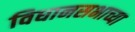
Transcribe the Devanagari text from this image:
विधानसभाच्या